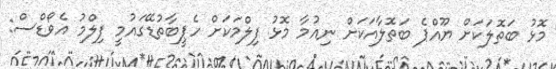
މޮޅު ބަތޮލަކަށް ޔޫއްޕެ ބަތޮލާއަކަށް ނިއުމާ މޮޅު ފިލްމަކަށް ހެޕީބާތުޑޭގައުމީ ފިލްމު އެވޯޑްސް: